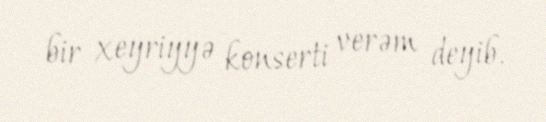
bir xeyriyyə konserti verəm deyib.